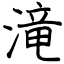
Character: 滝